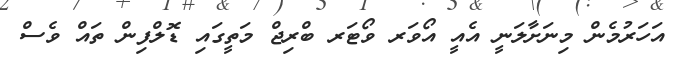
އަހަރުމެން މިނަށާލަނީ އެއީ އޯވަރ ވޯޓަރ ބްރިޖް މަތީގައި ޑޮލްފިން ތައް ވެސް